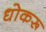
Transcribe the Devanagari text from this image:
धोकरू